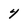
Character: 4